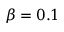
\beta = 0 . 1